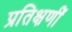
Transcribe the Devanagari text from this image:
प्रतिक्षणीं